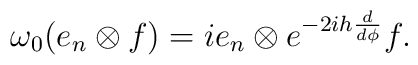
\omega_{0}(e_n\otimes f)=ie_{n}\otimes e^{-2ih\frac{d}{d\phi}}f.